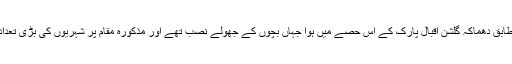
پولیس کے مطابق دھماکہ گلشن اقبال پارک کے اس حصے میں ہوا جہاں بچوں کے جھولے نصب تھے اور مذکورہ مقام پر شہریوں کی بڑی تعداد موجود تھی۔